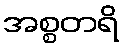
အစ္စတရိ